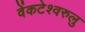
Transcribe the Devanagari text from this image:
वेंकटेश्वरुलु